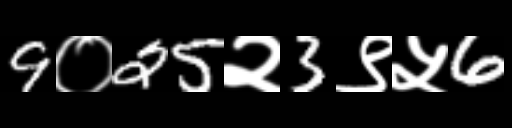
Text: 9०25२3९५6